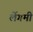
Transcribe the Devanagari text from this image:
लेंगमी